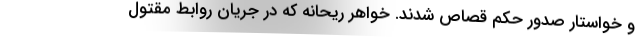
و خواستار صدور حکم قصاص شدند. خواهر ریحانه که در جریان روابط مقتول